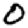
Digit: 0